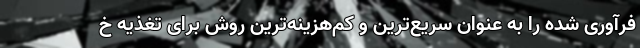
فرآوری شده را به عنوان سریع‌ترین و کم‌هزینه‌ترین روش برای تغذیه خ